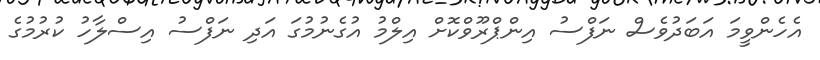
އެހެންވީމަ އަބަދުވެސް ނަފްސު އިންޕްރޫވްކޮށް އިލްމު އުގެނުމުގަ އަދި ނަފްސު އިސްލާހު ކުރުމުގެ